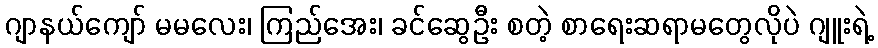
ဂျာနယ်ကျော် မမလေး၊ ကြည်အေး၊ ခင်ဆွေဦး စတဲ့ စာရေးဆရာမတွေလိုပဲ ဂျူးရဲ့